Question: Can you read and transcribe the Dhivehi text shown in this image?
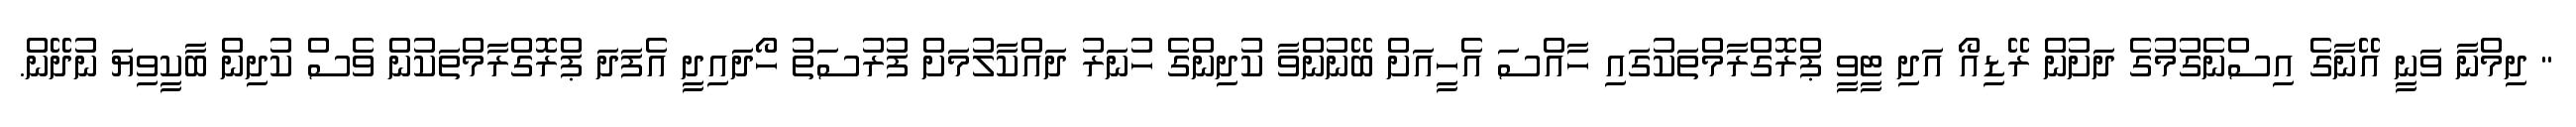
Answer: " ދިމްނާ ވަނީ އޭނާގެ އިސްނެގުމުގެ ދަށުން ރޭޑިއޯ އަދި ޓީވީ ޕްރޮގްރާމްތަކުގައި ހާއްސަ އެހީއަށް ބޭނުންވާ ކުދިންގެ ހުނަރު ދައްކާލުމަށް ފުރުސަތު ހޯދައިދީ އެފަދަ ޕްރޮގްރާމްތަކުން ވެސް ކުދިން ބާކީވިޔަ ނުދޭން.